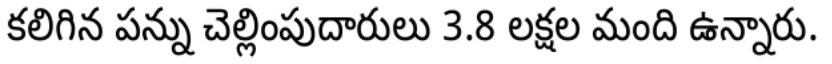
కలిగిన పన్ను చెల్లింపుదారులు 3.8 లక్షల మంది ఉన్నారు.